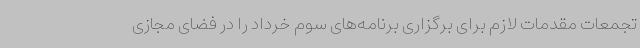
تجمعات مقدمات لازم برای برگزاری برنامه‌های سوم خرداد را در فضای مجازی